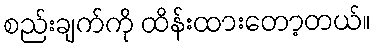
စည်းချက်ကို ထိန်းထားတော့တယ်။